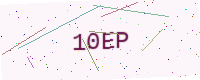
Text: 10EP